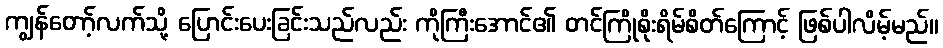
ကျွန်တော့်လက်သို့ ပြောင်းပေးခြင်းသည်လည်း ကိုကြီးအောင်၏ တင်ကြိုစိုးရိမ်စိတ်ကြောင့် ဖြစ်ပါလိမ့်မည်။